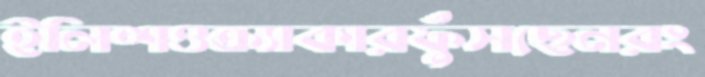
ইলিশওক্র্যাকারফুঁসছেনরং